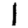
Digit: 1